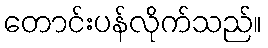
တောင်းပန်လိုက်သည်။